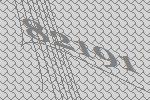
82191